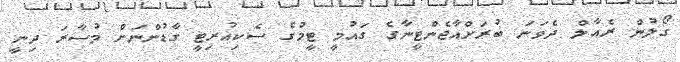
ގޯލުން ރެއާލް ދެވަނަ ބުރަށްއާޖެންޓީނާގެ ގައުމީ ޓީމުގެ ސެކިއުރިޓީ ގާޑުންނަށް މުސާރަ ދިނީ